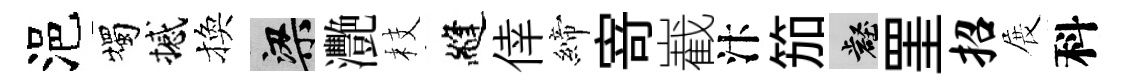
浥燭撼換梁灧枝縫倖締𭔃嶻汴笳壑罣招展科